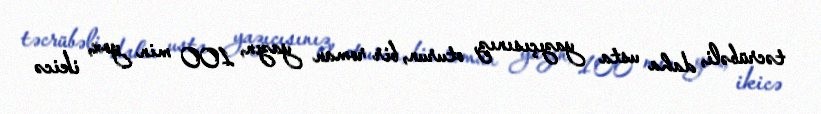
təcrübəli, daha usta yazıçısınız, oturun, bir roman yazın, 100 min yox, ikicə